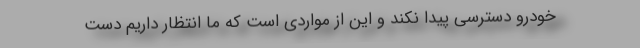
خودرو دسترسی پیدا نکند و این از مواردی است که ما انتظار داریم دست